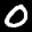
Label: 0